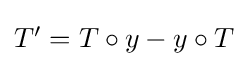
{\textstyle T^{\prime }=T\circ y-y\circ T}